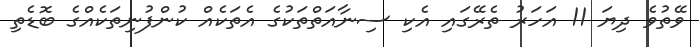
ވޭތުވެ ދިޔަ 11 އަހަރު ތެރޭގައި އެކި ސިނާއަތްތަކުގެ އެތަކެއް ކުންފުނިތަކެއްގެ ބޮޑެތި